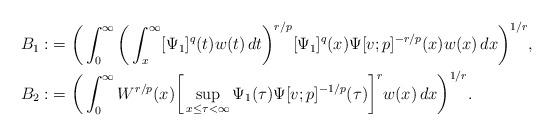
LaTeX: \begin{align*} B_1: & = \bigg(\int_0^{\infty} \bigg(\int_x^{\infty} [\Psi_1]^q(t) w(t)\,dt\bigg)^{r / p} [\Psi_1]^q(x) \Psi[v;p]^{- r / p}(x) w(x)\,dx \bigg)^{1 / r}, \\ B_2: & = \bigg(\int_0^{\infty} W^{r / p}(x) \bigg[\sup_{x \le \tau < \infty} \Psi_1(\tau)\Psi[v;p]^{-1 / p}(\tau)\bigg]^{r} w(x)\,dx \bigg)^{1 / r}. \end{align*}